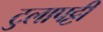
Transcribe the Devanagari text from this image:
टुलापट्टी